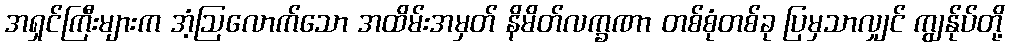
အရှင်ကြီးများက အံ့ဩလောက်သော အထိမ်းအမှတ် နိမိတ်လက္ခဏာ တစ်စုံတစ်ခု ပြမှသာလျှင် ကျွန်ုပ်တို့